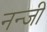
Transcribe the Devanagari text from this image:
नन्जी